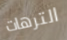
الترهات